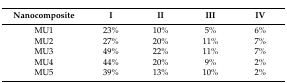
<table><thead><tr><td><b>Nanocomposite</b></td><td><b>I</b></td><td><b>II</b></td><td><b>III</b></td><td><b>IV</b></td></tr></thead><tbody><tr><td>MU1</td><td>23%</td><td>10%</td><td>5%</td><td>6%</td></tr><tr><td>MU2</td><td>27%</td><td>20%</td><td>11%</td><td>7%</td></tr><tr><td>MU3</td><td>49%</td><td>22%</td><td>11%</td><td>7%</td></tr><tr><td>MU4</td><td>44%</td><td>20%</td><td>9%</td><td>2%</td></tr><tr><td>MU5</td><td>39%</td><td>13%</td><td>10%</td><td>2%</td></tr></tbody></table>